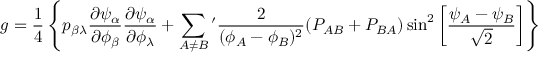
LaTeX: g = { \frac { 1 } { 4 } } \left\{ p _ { \beta \lambda } { \frac { \partial \psi _ { \alpha } } { \partial \phi _ { \beta } } } { \frac { \partial \psi _ { \alpha } } { \partial \phi _ { \lambda } } } + \sum _ { A \not = B } { ' } { \frac { 2 } { ( \phi _ { A } - \phi _ { B } ) ^ { 2 } } } ( P _ { A B } + P _ { B A } ) \sin ^ { 2 } \left[ { \frac { \psi _ { A } - \psi _ { B } } { \sqrt 2 } } \right] \right\}